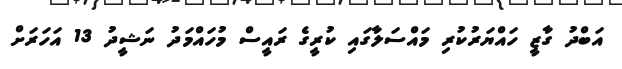
އަބްދު ގާޒީ ހައްޔަރުކުރި މައްސަލާގައި ކުރީގެ ރައީސް މުހައްމަދު ނަޝީދު 13 އަހަރަށް